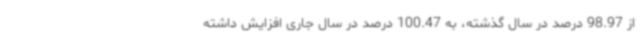
از 98.97 درصد در سال گذشته، به 100.47 درصد در سال جاری افزایش داشته